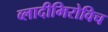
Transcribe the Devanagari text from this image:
व्लादीमिरोविच